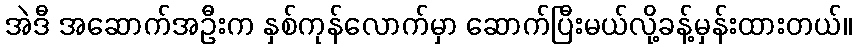
အဲဒီ အဆောက်အဦးက နှစ်ကုန်လောက်မှာ ဆောက်ပြီးမယ်လို့ခန့်မှန်းထားတယ်။